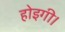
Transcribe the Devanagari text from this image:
होइगी।